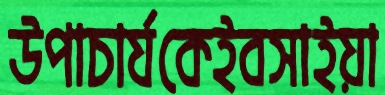
উপাচার্যকেইবসাইয়া